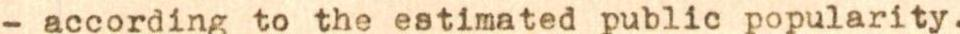
-  according to the estimated public popularity